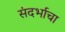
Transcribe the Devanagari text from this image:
संदर्भाचा